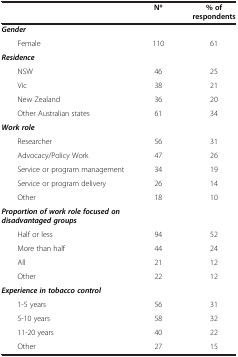
|  | N* | % of respondents |
 | --- | --- | --- |
 | Gender |  |  |
 | Female | 110 | 61 |
 | Residence |  |  |
 | NSW | 46 | 25 |
 | Vic | 38 | 21 |
 | New Zealand | 36 | 20 |
 | Other Australian states | 61 | 34 |
 | Work role |  |  |
 | Researcher | 56 | 31 |
 | Advocacy/Policy Work | 47 | 26 |
 | Service or program management | 34 | 19 |
 | Service or program delivery | 26 | 14 |
 | Other | 18 | 10 |
 | Proportion of work role focused on disadvantaged groups |  |  |
 | Half or less | 94 | 52 |
 | More than half | 44 | 24 |
 | All | 21 | 12 |
 | Other | 22 | 12 |
 | Experience in tobacco control |  |  |
 | 1-5 years | 56 | 31 |
 | 5-10 years | 58 | 32 |
 | 11-20 years | 40 | 22 |
 | Other | 27 | 15 |